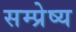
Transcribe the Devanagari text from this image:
सम्प्रेष्य